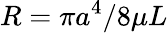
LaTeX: R=\pi a^{4}/8\mu L